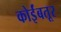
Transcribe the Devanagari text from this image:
कोर्इंबतूर